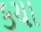
કયા